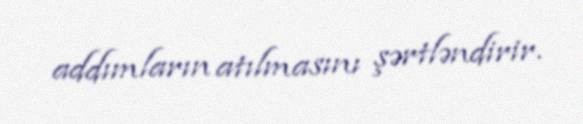
addımların atılmasını şərtləndirir.